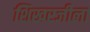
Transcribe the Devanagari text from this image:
शिखरजीला